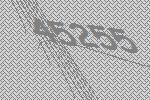
45255